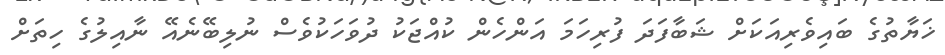
ޚަޔާތުގެ ބައިވެރިއަކަށް ޝަބާފަދަ ފުރިހަމަ އަންހެން ކުއްޖަކު ދުވަހަކުވެސް ނުލިބޭނެއޭ ނާއިލުގެ ހިތަށް